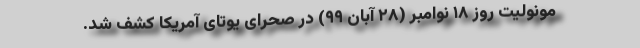
مونولیت روز ۱۸ نوامبر (۲۸ آبان ۹۹) در صحرای یوتای آمریکا کشف شد.